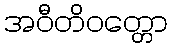
အဝီတိဝတ္တော